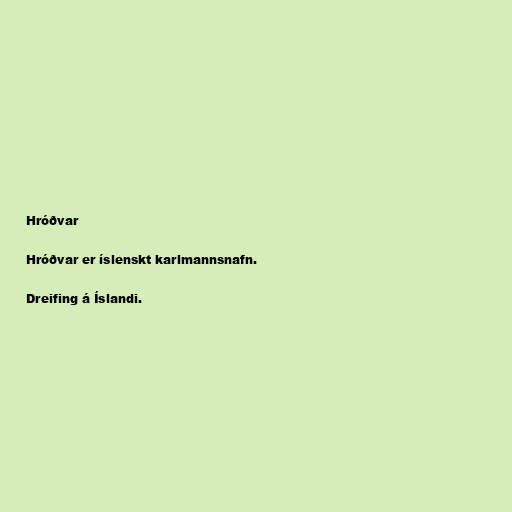
Hróðvar

Hróðvar er íslenskt karlmannsnafn.

Dreifing á Íslandi.